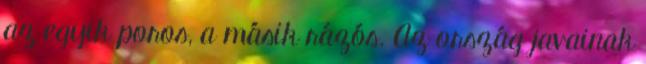
az egyik poros, a másik rázós. Az ország javainak